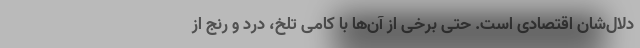
دلال‌شان اقتصادی است. حتی برخی از آن‌ها با کامی تلخ، درد و رنج از